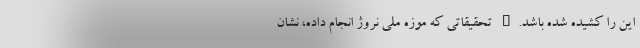
این را کشیده شده باشد." تحقیقاتی که موزه ملی نروژ انجام داده، نشان